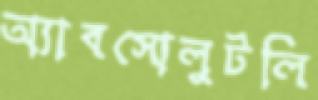
অ্যাবসোলুটলি